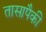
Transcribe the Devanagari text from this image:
तासापैकी